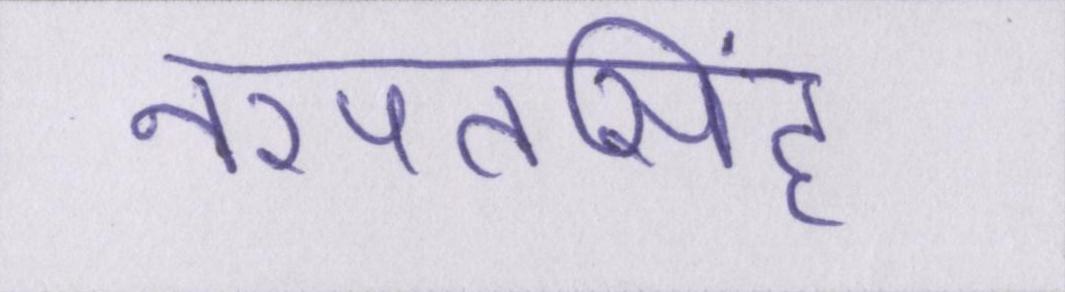
नरपतसिंह